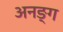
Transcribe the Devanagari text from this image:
अनङ्‌ग